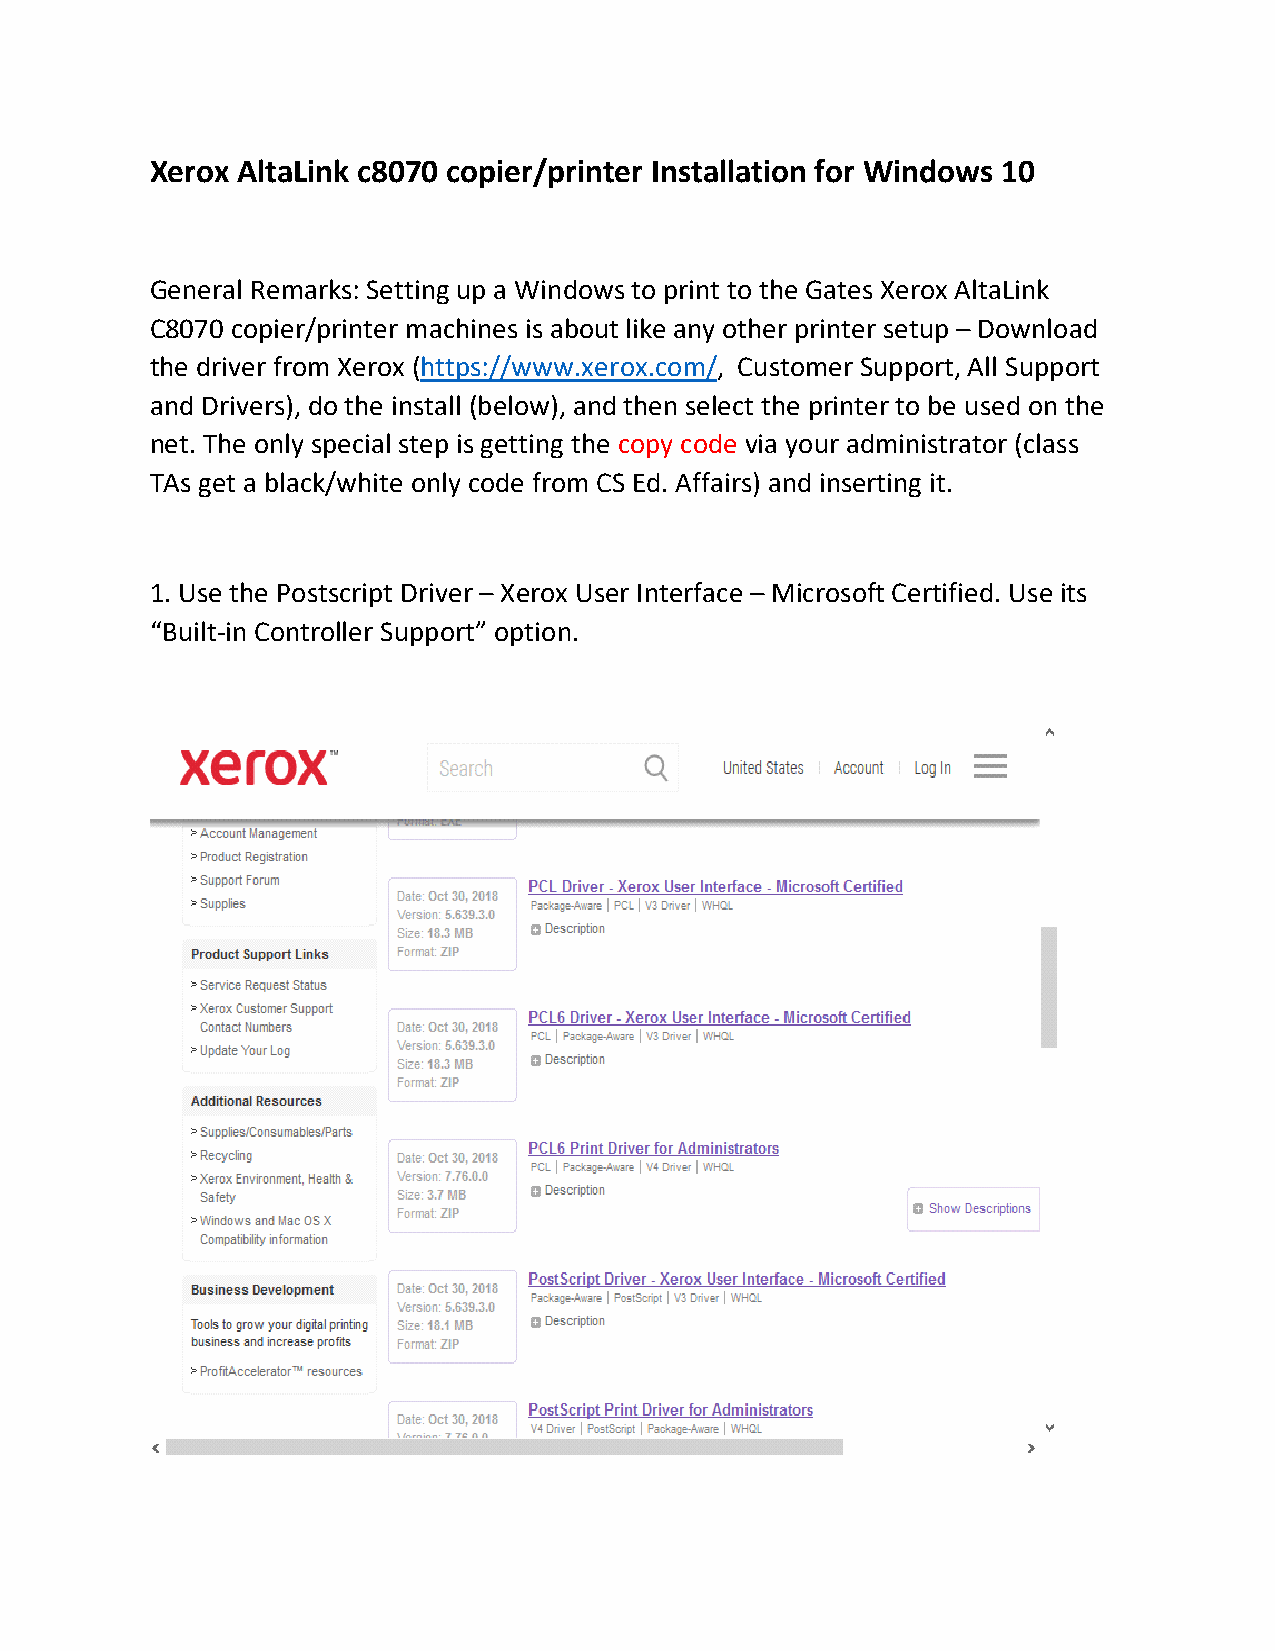
Xerox AltaLink c8070 copier/printer Installation for Windows 10
 General Remarks: Setting up a Windows to print to the Gates Xerox AltaLink
 C8070 copier/printer machines is about like any other printer setup – Download
 the driver from Xerox (https://www.xerox.com/, Customer Support, All Support
 and Drivers), do the install (below), and then select the printer to be used on the
 net. The only special step is getting the copy code via your administrator (class
 TAs get a black/white only code from CS Ed. Affairs) and inserting it.
 1. Use the Postscript Driver – Xerox User Interface – Microsoft Certified. Use its
 “Built-in Controller Support” option.